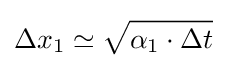
\Delta x_{1}\simeq {\sqrt {\alpha _{1}\cdot \Delta t}}